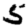
Digit: 5